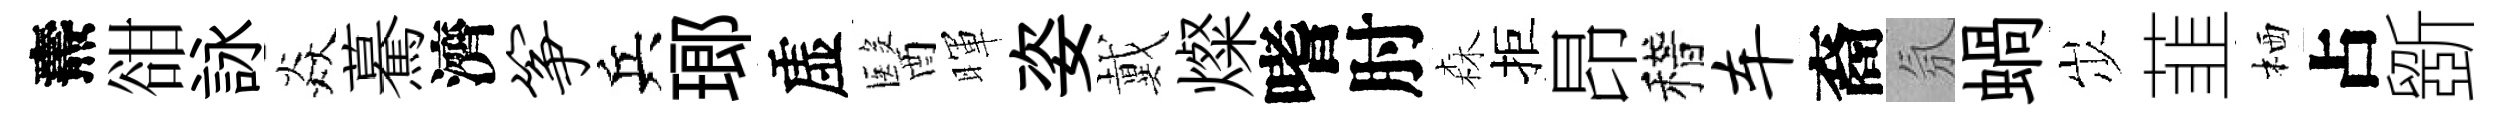
燾𧮳詠焱驀濟筝兵瑯虚醫暉姿戴燦嗜肘森拒昂稽车裔氛蝸𡵯韮栖占斵